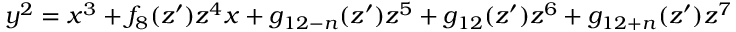
y ^ { 2 } = x ^ { 3 } + f _ { 8 } ( z ^ { \prime } ) z ^ { 4 } x + g _ { 1 2 - n } ( z ^ { \prime } ) z ^ { 5 } + g _ { 1 2 } ( z ^ { \prime } ) z ^ { 6 } + g _ { 1 2 + n } ( z ^ { \prime } ) z ^ { 7 }